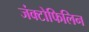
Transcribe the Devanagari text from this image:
जंक्टोफिलिन